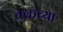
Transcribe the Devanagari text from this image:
तकच्या